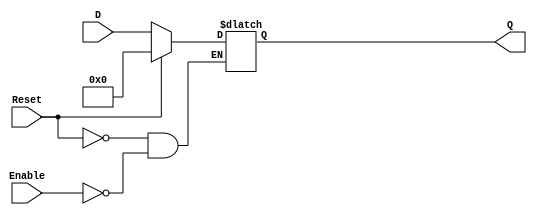
module LatchRegister #(parameter N = 8) (
    input wire [N-1:0] D,        // Data input
    input wire Enable,            // Control signal for latches
    input wire Reset,             // Asynchronous reset signal
    output reg [N-1:0] Q          // Data output
);

// Asynchronous reset logic
always @(*) begin
    if (Reset) begin
        Q <= {N{1'b0}};            // Initialize all bits to 0
    end else if (Enable) begin
        Q <= D;                   // Store input data when enabled
    end
    // When Enable is low, Q retains its value
end

endmodule